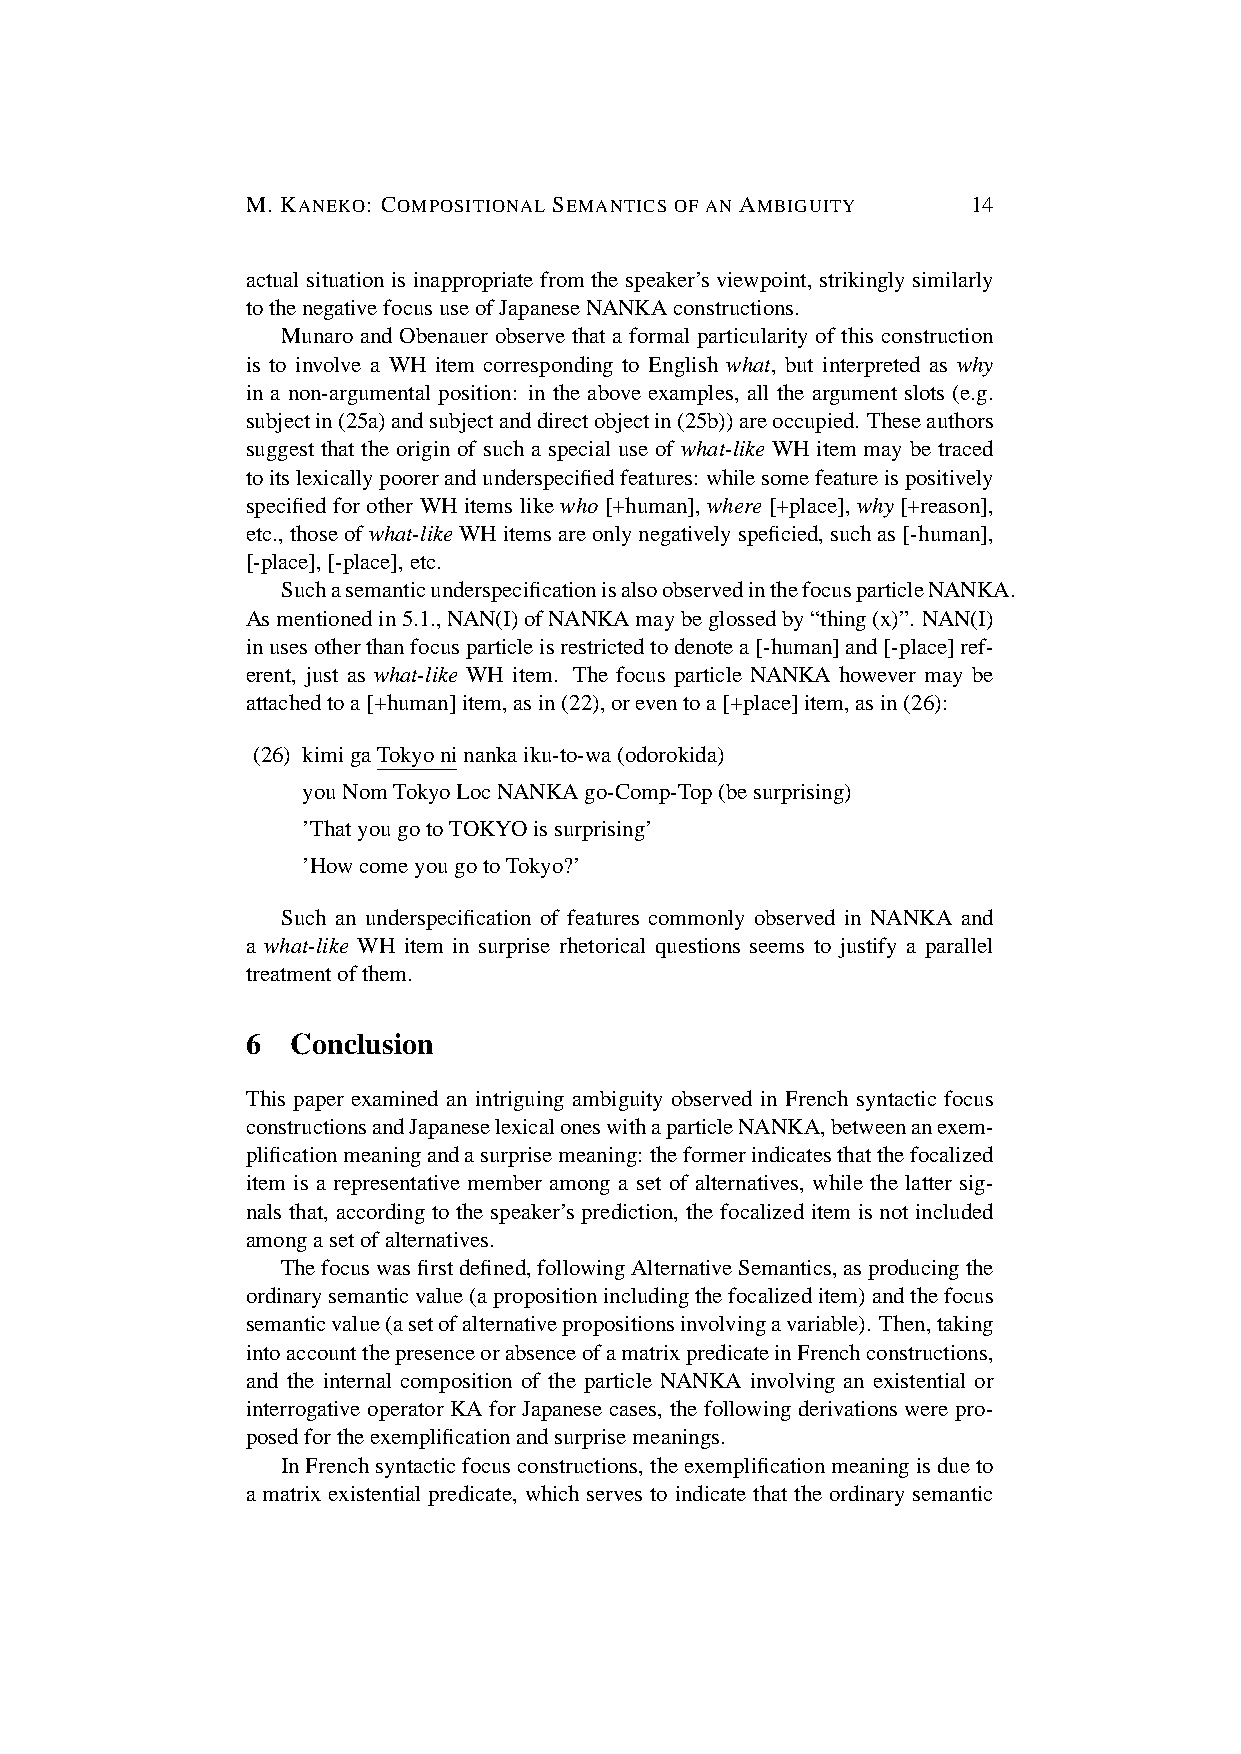
M. KANEKO: COMPOSITIONAL SEMANTICS OF AN AMBIGUITY 14
 actual situation is inappropriate from the speaker’s viewpoint, strikingly similarly
 tothenegativefocususeofJapaneseNANKAconstructions.
 Munaro and Obenauer observe that a formal particularity of this construction
 is to involve a WH item corresponding to English what, but interpreted as why
 in a non-argumental position: in the above examples, all the argument slots (e.g.
 subjectin(25a)andsubjectanddirectobjectin(25b))areoccupied. Theseauthors
 suggest that the origin of such a special use of what-like WH item may be traced
 toitslexicallypoorerandunderspecifiedfeatures: whilesomefeatureispositively
 specified for other WH items like who [+human], where [+place], why [+reason],
 etc.,thoseofwhat-likeWHitemsareonlynegativelyspeficied,suchas[-human],
 [-place],[-place],etc.
 SuchasemanticunderspecificationisalsoobservedinthefocusparticleNANKA.
 Asmentionedin5.1.,NAN(I)ofNANKAmaybeglossedby“thing(x)”. NAN(I)
 inusesotherthanfocusparticleisrestrictedtodenotea[-human]and[-place]ref-
 erent, just as what-like WH item. The focus particle NANKA however may be
 attachedtoa[+human]item,asin(22),oreventoa[+place]item,asin(26):
 (26) kimigaTokyoninankaiku-to-wa(odorokida)
 youNomTokyoLocNANKAgo-Comp-Top(besurprising)
 ’ThatyougotoTOKYOissurprising’
 ’HowcomeyougotoTokyo?’
 Such an underspecification of features commonly observed in NANKA and
 a what-like WH item in surprise rhetorical questions seems to justify a parallel
 treatmentofthem.
 6  Conclusion
 This paper examined an intriguing ambiguity observed in French syntactic focus
 constructionsandJapaneselexicaloneswithaparticleNANKA,betweenanexem-
 plificationmeaningandasurprisemeaning: theformerindicatesthatthefocalized
 item is a representative member among a set of alternatives, while the latter sig-
 nals that, according to the speaker’s prediction, the focalized item is not included
 amongasetofalternatives.
 Thefocuswasfirstdefined,followingAlternativeSemantics,asproducingthe
 ordinarysemanticvalue(apropositionincludingthefocalizeditem)andthefocus
 semanticvalue(asetofalternativepropositionsinvolvingavariable). Then,taking
 intoaccountthepresenceorabsenceofamatrixpredicateinFrenchconstructions,
 and the internal composition of the particle NANKA involving an existential or
 interrogative operator KA for Japanese cases, the following derivations were pro-
 posedfortheexemplificationandsurprisemeanings.
 InFrenchsyntacticfocusconstructions,theexemplificationmeaningisdueto
 a matrix existential predicate, which serves to indicate that the ordinary semantic